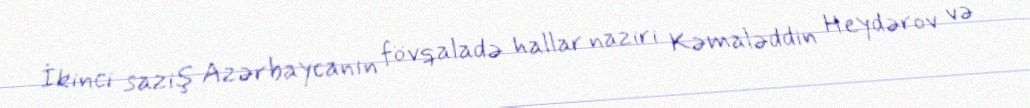
İkinci saziş Azərbaycanın fövqaladə hallar naziri Kəmaləddin Heydərov və